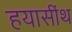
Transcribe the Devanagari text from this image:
हयासींथ